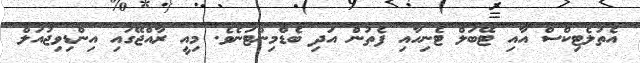
އެތުލެޓިކްސް އާއި ޓޭބަލް ޓެނިހާއި ފެތުން އަދި ބެޑްމިންޓަނެވެ. މިއީ ރާއްޖޭގައި އިންޑިވިޖުއަލް